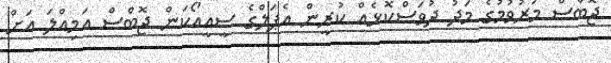
ޖޮބްސް މަރުވުމުގެ މަދު ދުވަސްކޮޅެއް ކުރީން އެޕަލްގެ ސީއީއޯކަން ޖޮބްސް އަމިއްލަ އަށް